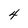
Character: 4